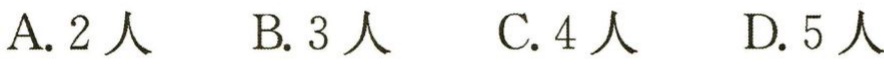
A. 2人  B. 3人  C. 4人  D. 5人